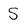
Character: S